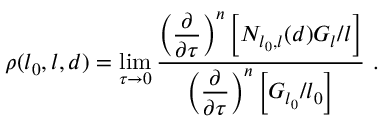
\rho ( l _ { 0 } , l , d ) = \operatorname * { l i m } _ { \tau \to 0 } { \frac { \displaystyle { \left( { \frac { \partial } { \partial \tau } } \right) ^ { n } \left[ N _ { l _ { 0 } , l } ( d ) G _ { l } / l \right] } } { \displaystyle { \left( { \frac { \partial } { \partial \tau } } \right) ^ { n } \left[ G _ { l _ { 0 } } / l _ { 0 } \right] } } } \ .